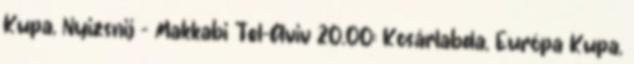
Kupa, Nyizsnij – Makkabi Tel-Aviv 20.00: Kosárlabda, Európa Kupa,